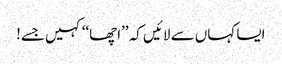
ایسا کہاں سے لائیں کہ ’’اچھا‘‘ کہیں جسے!